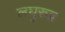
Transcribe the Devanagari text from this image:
लघुरुद्र